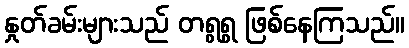
နှုတ်ခမ်းများသည် တရွရွ ဖြစ်နေကြသည်။